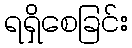
ရရှိစေခြင်း